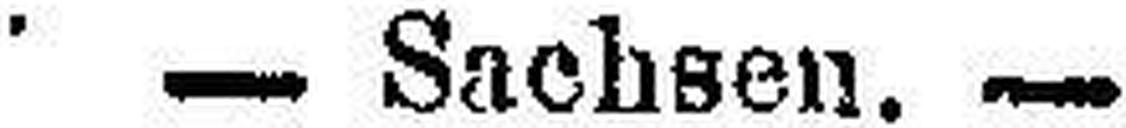
— Sachsen. —